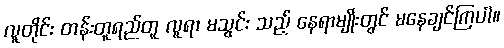
လူတိုင်း တန်းတူရည်တူ လူရာ မသွင်း သည့် နေရာမျိုးတွင် မနေချင်ကြပါ။